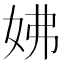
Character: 𡛯